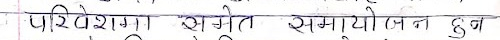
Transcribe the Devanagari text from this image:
परिबेश अनवेत समायोन हुब